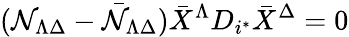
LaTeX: ({\cal\mathcal{N}}_{\Lambda\Delta}-{\bar{{\cal\mathcal{N}}}}_{\Lambda\Delta}){\bar{{X}}}^{\Lambda}D_{i^{*}}{\bar{{X}}}^{\Delta}=0